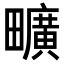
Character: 𤳱